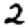
Digit: 2